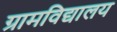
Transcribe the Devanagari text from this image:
ग्रामविद्यालय